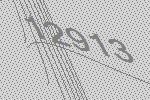
12913